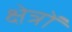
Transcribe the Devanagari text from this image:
क्ष्‍ोत्रों